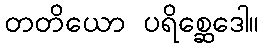
တတိယော ပရိစ္ဆေဒေါ။